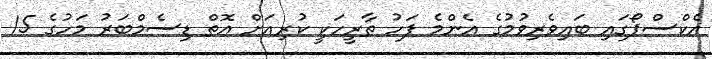
އެކްސްޕޯގައި ބައިވެރިވުމުގެ އެންމެ ފަހު ތާރީހަކީ ކުރިއަށް އޮތް ޑިސެމްބަރު މަހުގެ 15